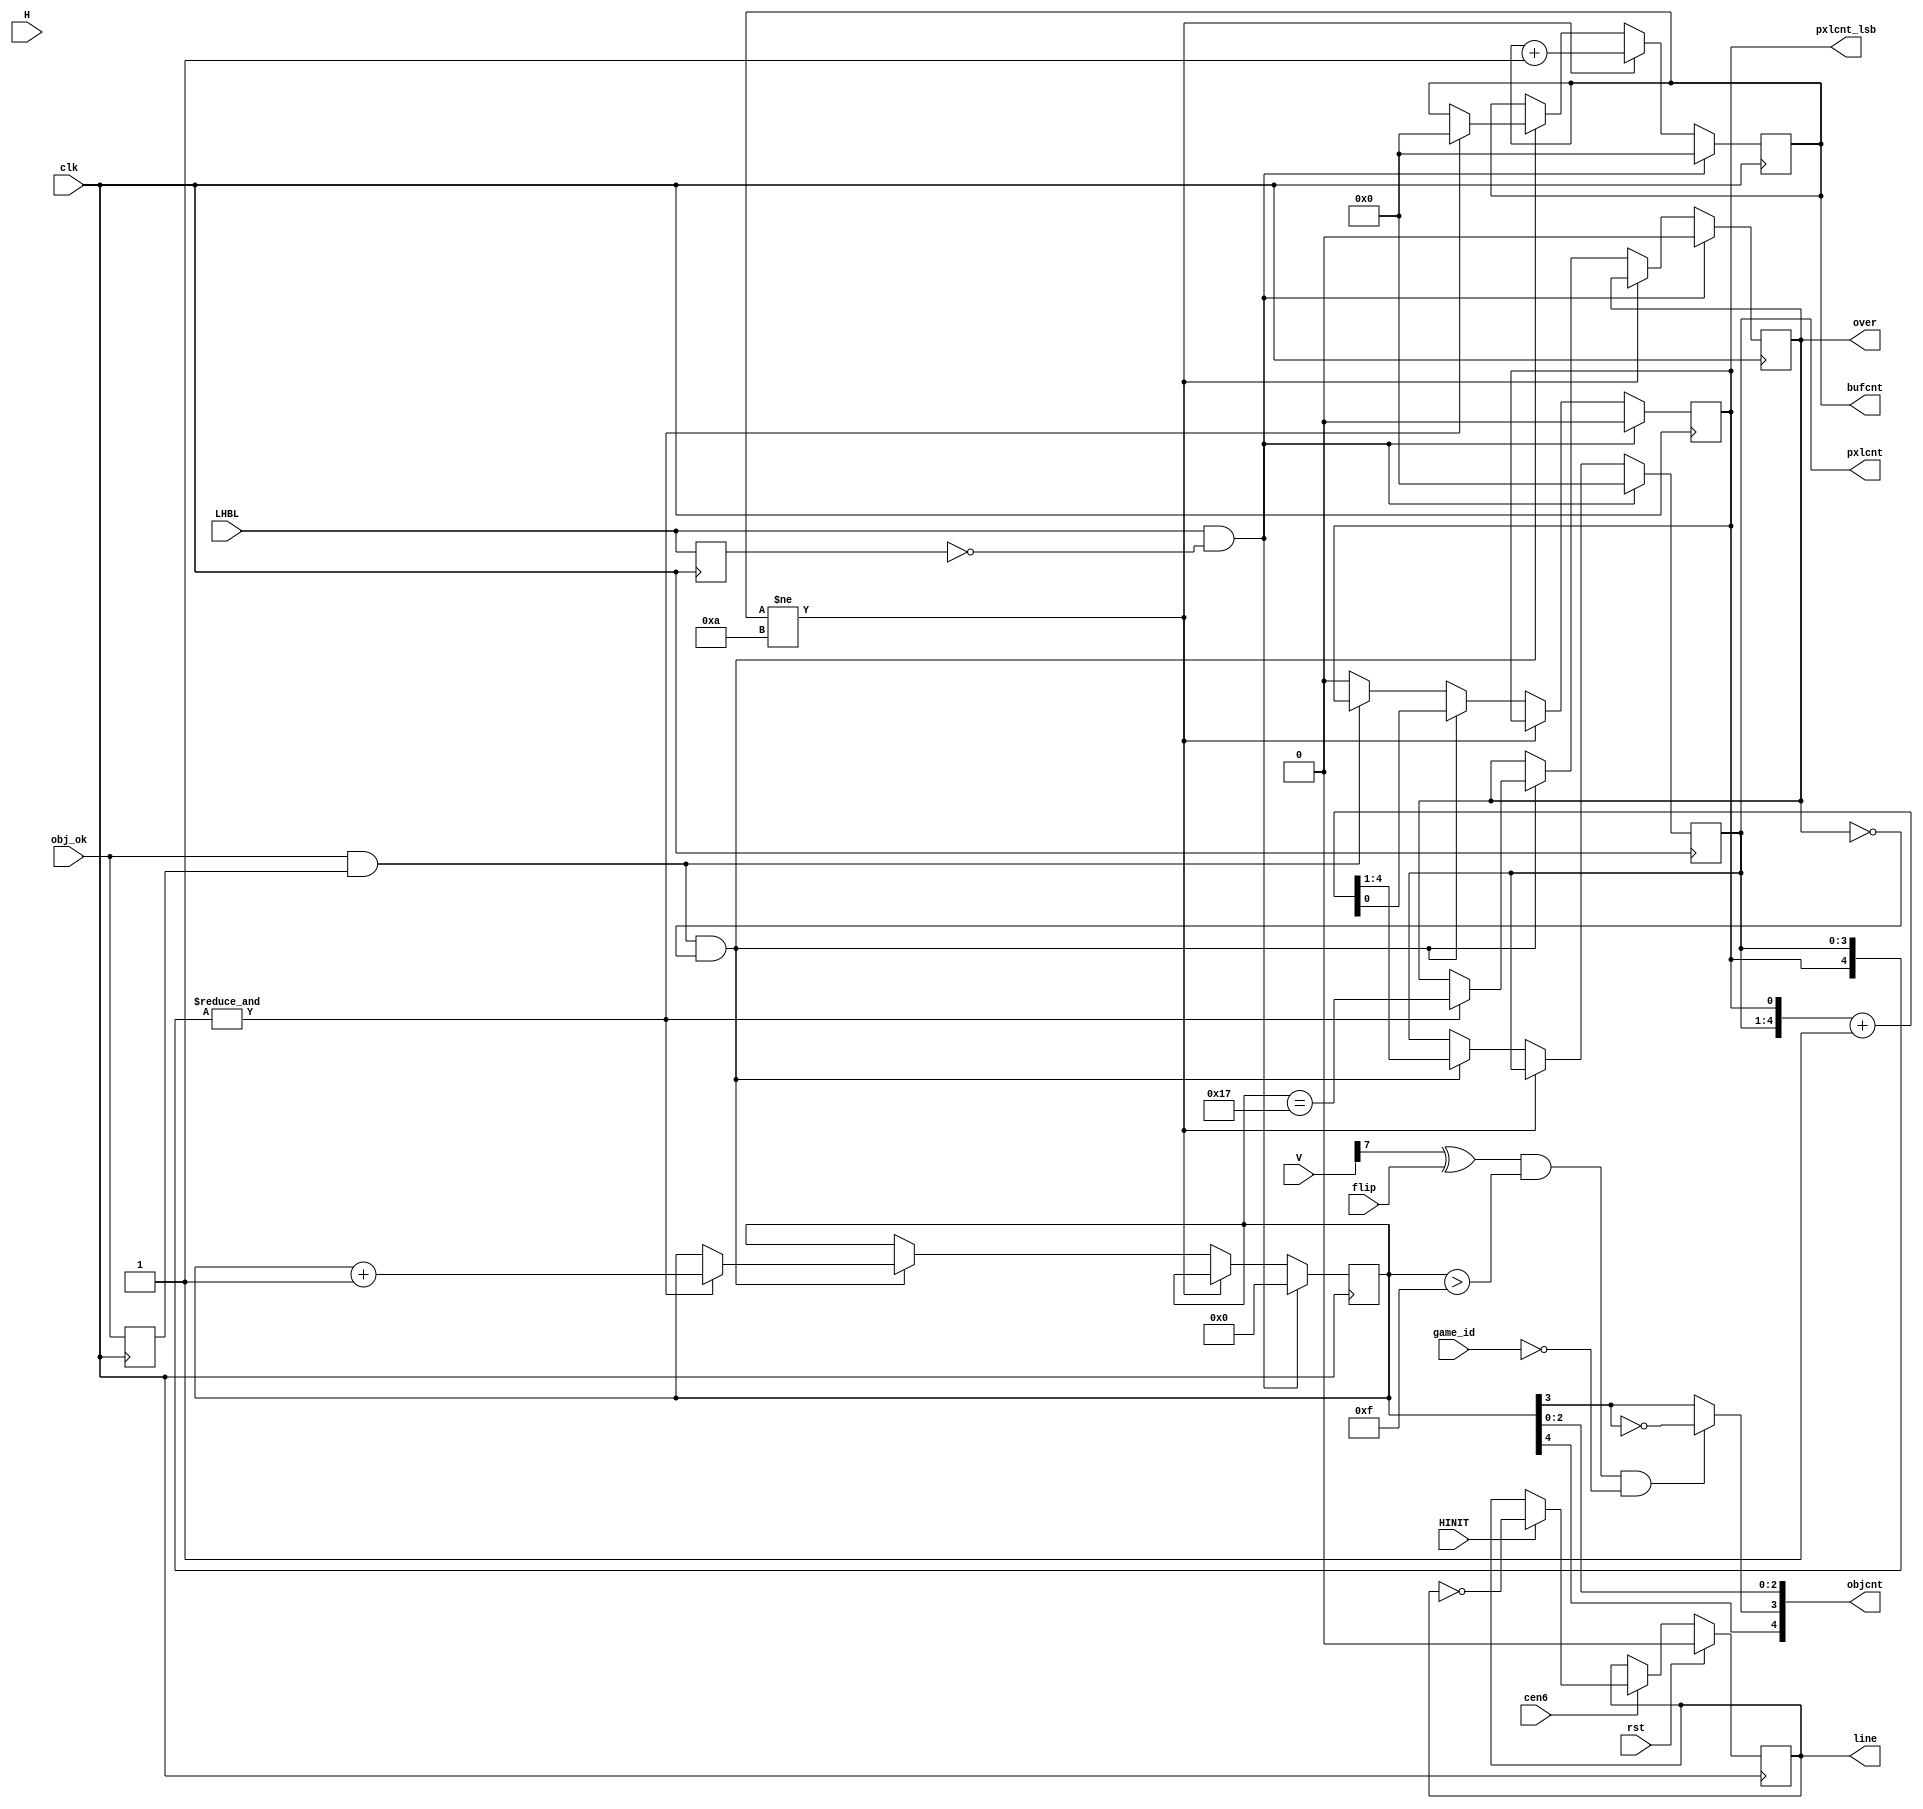

/*  This file is part of JTCORES.
    JTCORES program is free software: you can redistribute it and/or modify
    it under the terms of the GNU General Public License as published by
    the Free Software Foundation, either version 3 of the License, or
    (at your option) any later version.

    JTCORES program is distributed in the hope that it will be useful,
    but WITHOUT ANY WARRANTY; without even the implied warranty of
    MERCHANTABILITY or FITNESS FOR A PARTICULAR PURPOSE.  See the
    GNU General Public License for more details.

    You should have received a copy of the GNU General Public License
    along with JTCORES.  If not, see <http://www.gnu.org/licenses/>.

    Author: Jose Tejada Gomez. Twitter: @topapate
    Version: 1.0
    Date: 20-1-2019 */

// 1942 Object Generation


module jt1942_objtiming(
    input              rst,
    input              clk,
    input              cen6,    //  6 MHz
    input        [1:0] game_id,
    // screen
    input   [7:0]      V,
    input   [8:0]      H,
    input              LHBL,
    input              HINIT,
    input              flip,
    input              obj_ok,
    output reg [3:0]   pxlcnt,
    output reg [4:0]   objcnt,
    output reg [3:0]   bufcnt,
    output reg         line,
    output reg         pxlcnt_lsb,
    output reg         over
);

reg last_LHBL, okdly;
wire rom_good = obj_ok & okdly;
wire posedge_LHBL = LHBL && !last_LHBL;
reg [4:0] auxcnt;

// The 1942 logo effect still doesn't look perfect
// the second round if flip is set
// there appear to be a 2-pixel wide gap in between
// the two halves of the CAPCOM logo
// If flip is off, the second round logo is rendered
// correctly
always @(*) begin
    objcnt = auxcnt;
    if( (V[7]^flip) && auxcnt> 'hf && game_id==0)
        objcnt[3] = objcnt[3]^1'b1;
end

always @(posedge clk) begin
    last_LHBL <= LHBL;
    okdly     <= obj_ok;
    if( posedge_LHBL ) begin
        pxlcnt    <= 0;
        over      <= 0;
        bufcnt    <= 0;
        pxlcnt_lsb<= 0;
        auxcnt    <= 0;
    end else begin // image scan
        if(bufcnt!=4'b1010)
            bufcnt <= bufcnt+4'd1;
        else if(rom_good && !over ) begin
            {pxlcnt, pxlcnt_lsb} <= {pxlcnt,pxlcnt_lsb}+5'd1;
            if( &{pxlcnt,pxlcnt_lsb} ) begin
                bufcnt <= 4'd0;
                over   <= auxcnt == 5'h17;
                auxcnt <= auxcnt + 5'h1;
            end
        end
        else if(!rom_good) pxlcnt_lsb <= 1'b0;
    end
end

always @(posedge clk) begin
    if( rst )
        line <= 1'b0;
    else if(cen6) begin
        if( HINIT ) line <= ~line;
    end
end

// 1942: left part of the vertical screen (V[7]==1)
// reads objects 0h to 17h, right half read 0h to Fh and then 18h to 1fh
// so the 1942 logo effect occurs. But this should take the flip bit into
// account to work correctly and that isn't in the schematics. Again,
// the schematics look like coming from a prototype version
// Vulgus: objects 0 to 17 only

/* Original sequence
`ifdef VULGUS
reg vulgus_sr;
always @(posedge clk, posedge rst)
    if( rst ) begin
        vulgus_sr  <= 1'b1;
        objcnt[4:3] <= 2'b0;
    end else if(cen6) begin
        if( &H[6:4]==1'b1 && pxlcnt==4'd7 ) begin
            { vulgus_sr, objcnt[4:3] } <= { objcnt[4:3], vulgus_sr };
        end
    end
`endif
always @(*) begin
    // This is the original scan sequence of each game, that counts objects
    `ifdef VULGUS
        // scan sequence measured on real PCB. Region objcnt[4:3]==2'b11 is not scanned.
        objcnt[2:0] = H[6:4];
    `else
        // 1942 scan sequence from schematics
        objcnt[4] = H[8]^~H[7];
        objcnt[3] = (V[7] & objcnt[4]) ^ ~H[7];
        objcnt[2:0] = H[6:4];
    `endif
end
*/

endmodule // jt1942_obj